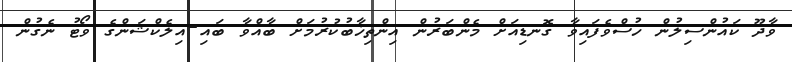
ވާދޫ ކައުންސިލުން ހުސްވެފައިވާ ގޮނޑިއަށް މެންބަރުން އިންތިޚާބުކުރުމަށް ބާއްވާ ބައި-އިލެކްޝަންގެ ވޯޓު ނެގުން